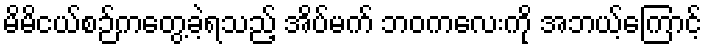
မိမိငယ်စဉ်ကတွေ့ခဲ့ရသည့် အိပ်မက် ဘဝကလေးကို အဘယ့်ကြောင့်